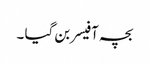
بچہ آفیسر بن گیا ۔